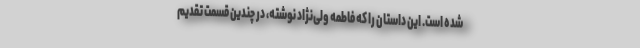
شده است. این داستان را که فاطمه ولی‌نژاد نوشته، در چندین قسمت تقدیم